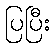
ပြပြီး